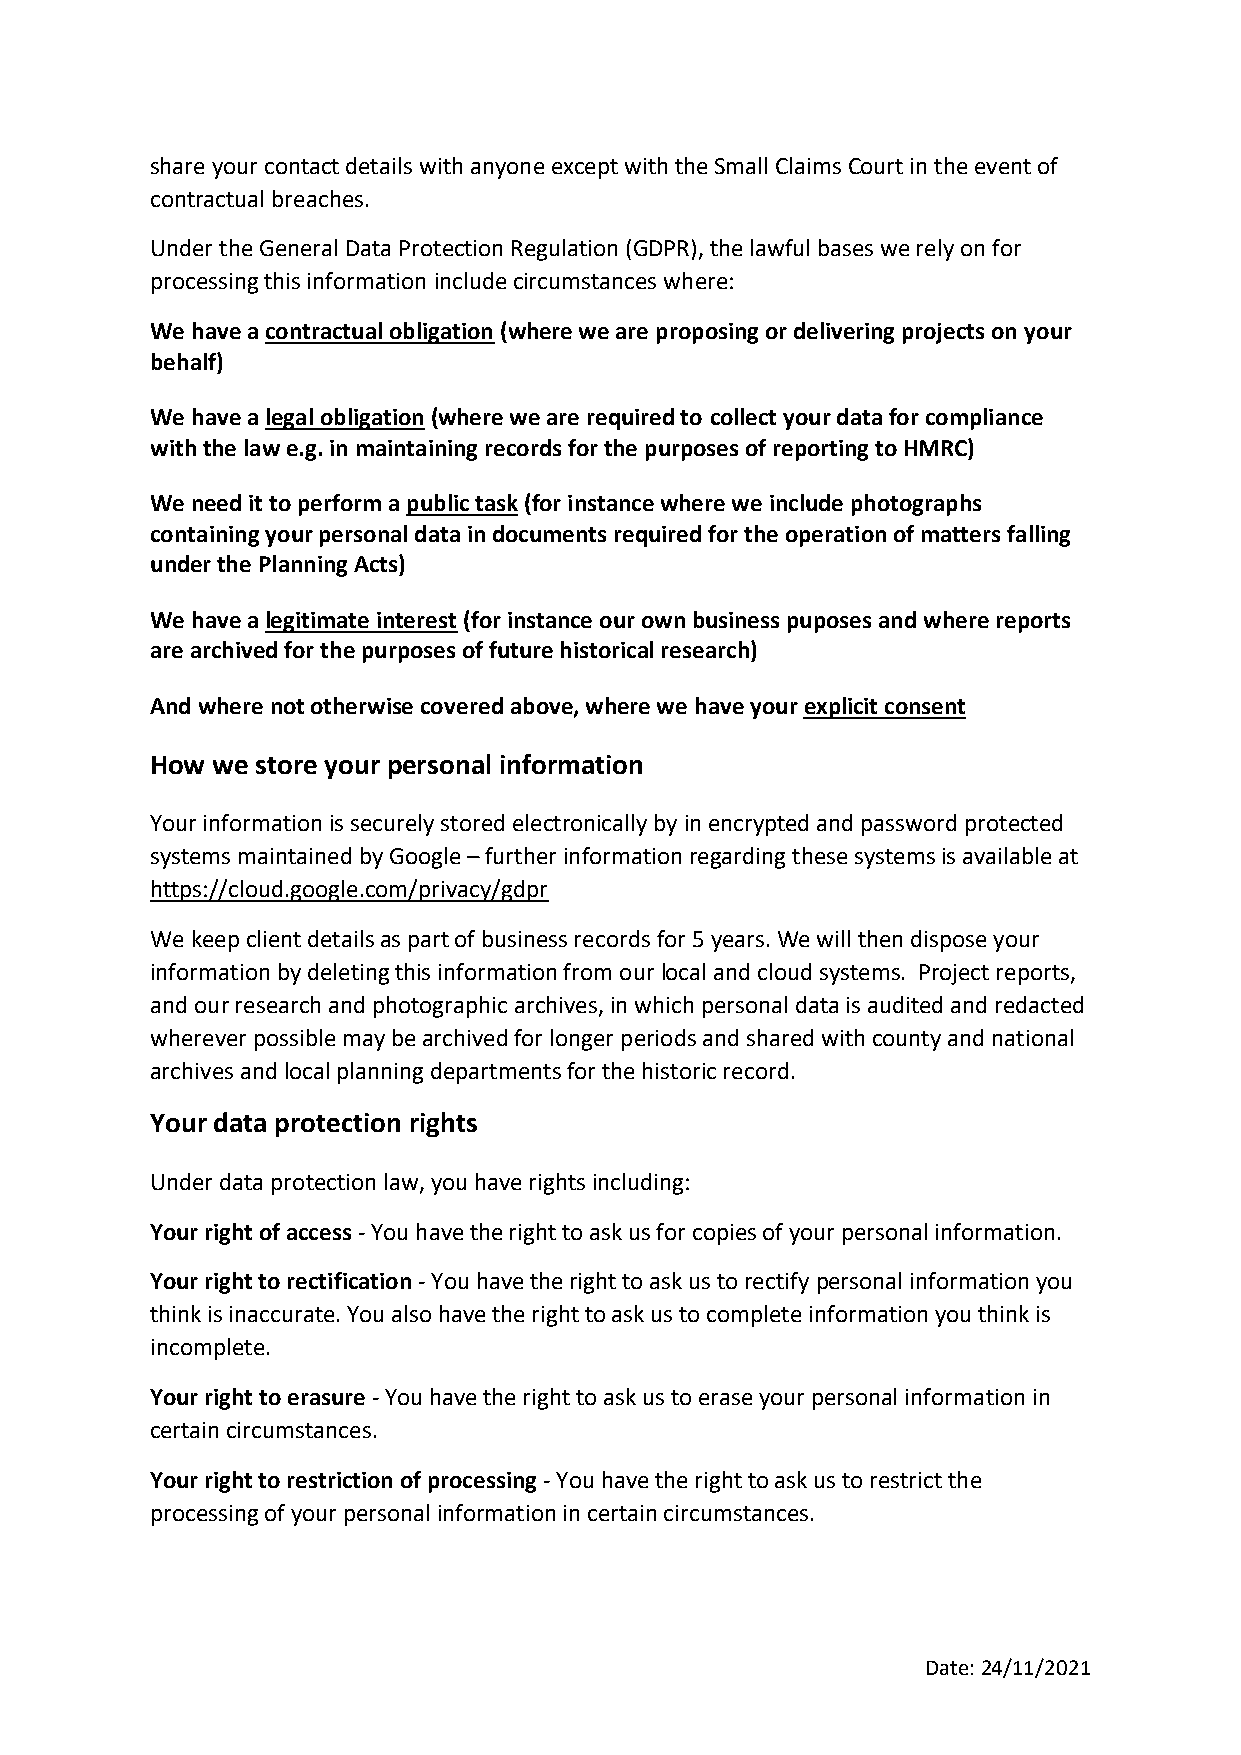
share your contact details with anyone except with the Small Claims Court in the event of
 contractual breaches.
 Under the General Data Protection Regulation (GDPR), the lawful bases we rely on for
 processing this information include circumstances where:
 We have a contractual obligation (where we are proposing or delivering projects on your
 behalf)
 We have a legal obligation (where we are required to collect your data for compliance
 with the law e.g. in maintaining records for the purposes of reporting to HMRC)
 We need it to perform a public task (for instance where we include photographs
 containing your personal data in documents required for the operation of matters falling
 under the Planning Acts)
 We have a legitimate interest (for instance our own business puposes and where reports
 are archived for the purposes of future historical research)
 And where not otherwise covered above, where we have your explicit consent
 How we store your personal information
 Your information is securely stored electronically by in encrypted and password protected
 systems maintained by Google – further information regarding these systems is available at
 https://cloud.google.com/privacy/gdpr
 We keep client details as part of business records for 5 years. We will then dispose your
 information by deleting this information from our local and cloud systems. Project reports,
 and our research and photographic archives, in which personal data is audited and redacted
 wherever possible may be archived for longer periods and shared with county and national
 archives and local planning departments for the historic record.
 Your data protection rights
 Under data protection law, you have rights including:
 Your right of access - You have the right to ask us for copies of your personal information.
 Your right to rectification - You have the right to ask us to rectify personal information you
 think is inaccurate. You also have the right to ask us to complete information you think is
 incomplete.
 Your right to erasure - You have the right to ask us to erase your personal information in
 certain circumstances.
 Your right to restriction of processing - You have the right to ask us to restrict the
 processing of your personal information in certain circumstances.
 Date: 24/11/2021